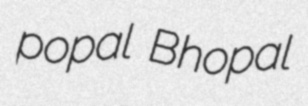
popal Bhopal